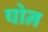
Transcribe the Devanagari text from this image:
षोन